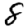
Digit: 8